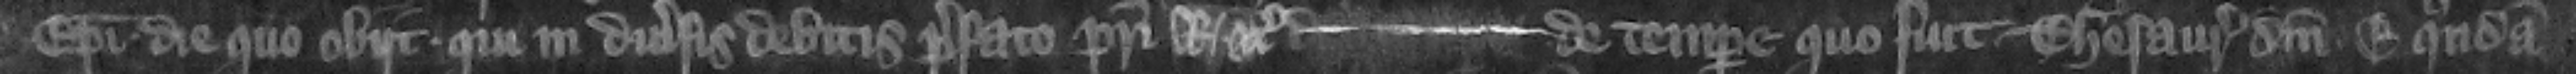
Episcopi die quo obiit qui in diuersis debitis prefato patri regis etc. --- de tempore quo fuit Thesaurarius domini E. quondam